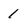
Character: 1